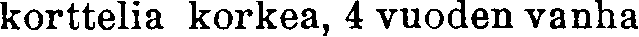
korttelia korkea, 4 vuoden vanha